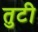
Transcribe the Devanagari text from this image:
तुटी